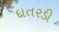
દાતરડી